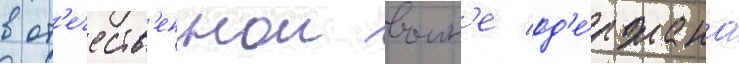
в от'ечеств'еннои воин'е од'е́ржана